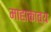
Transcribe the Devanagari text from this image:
माहाकाव्य